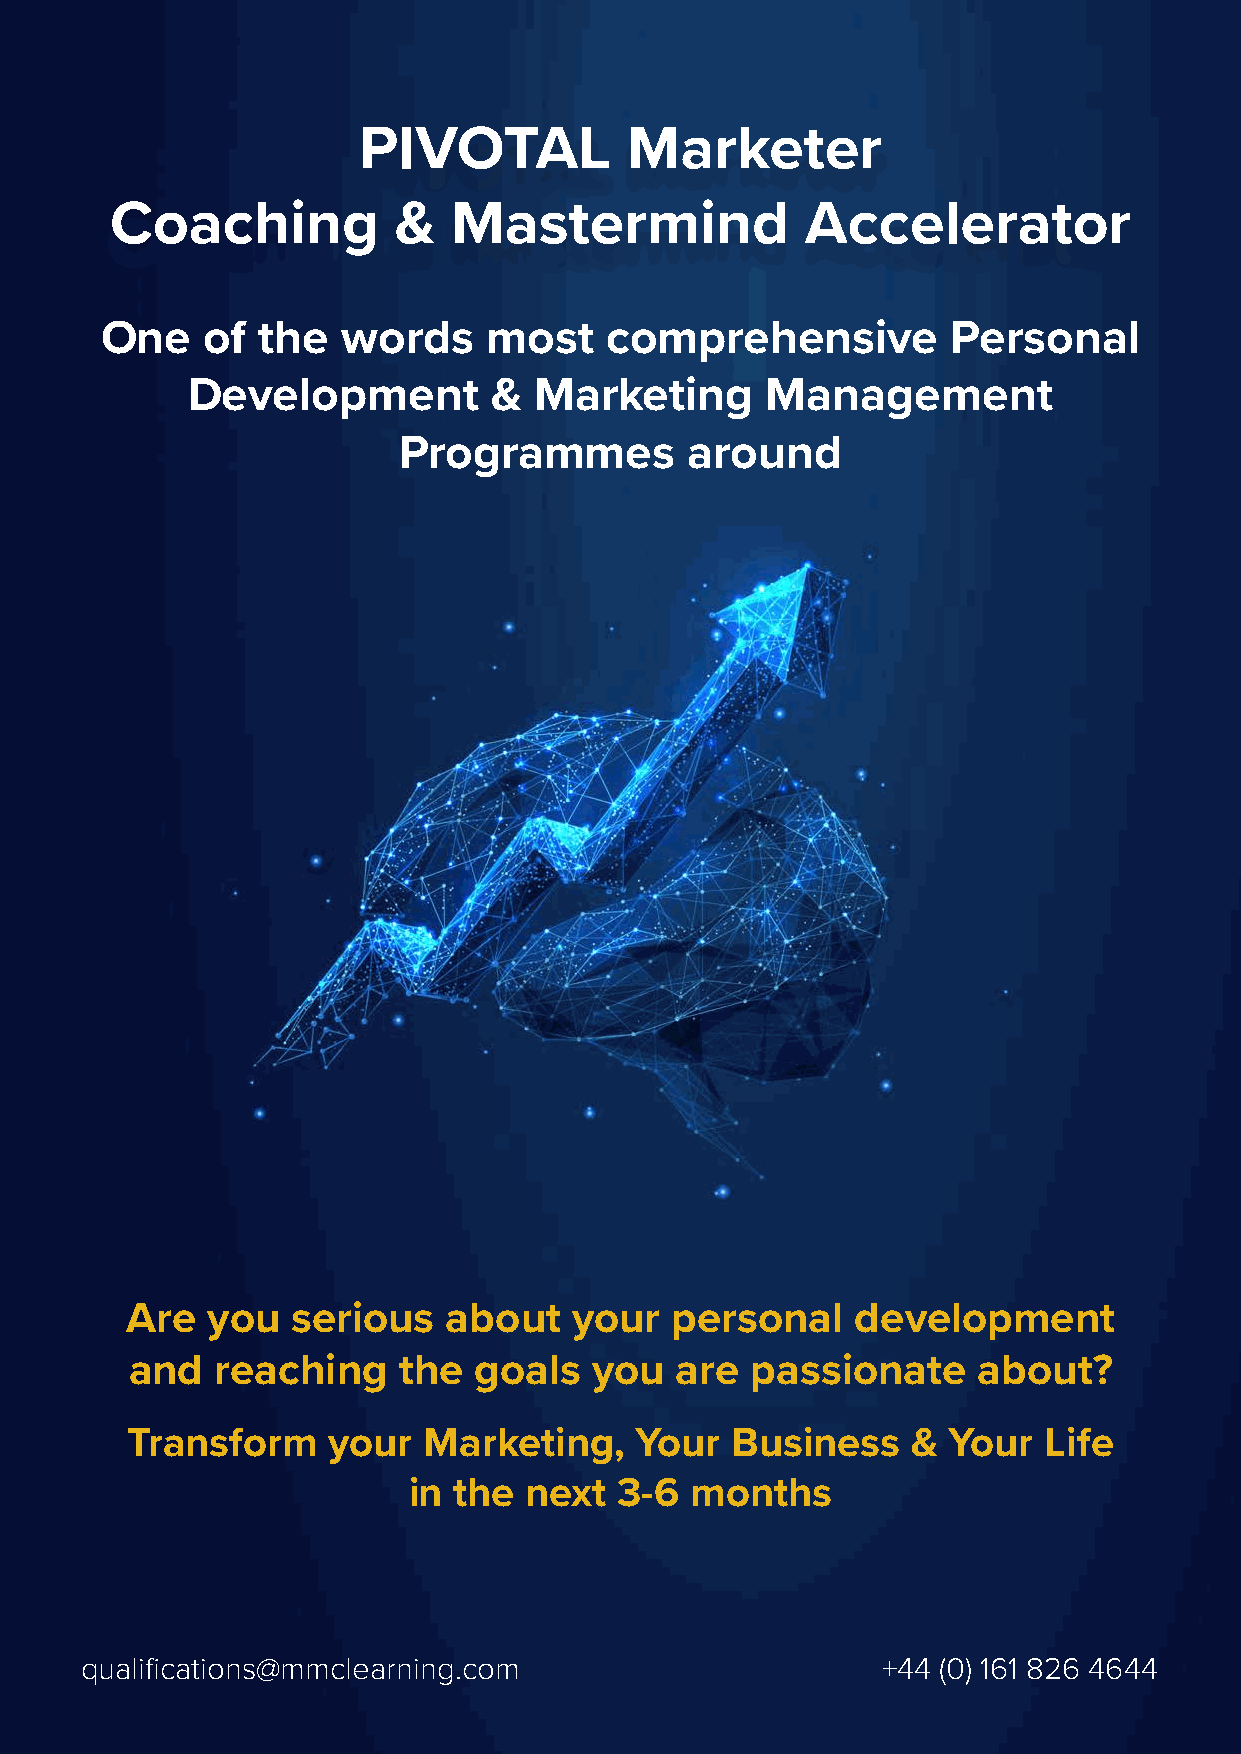
PIVOTAL          Marketer
 Coaching           &   Mastermind             Accelerator
 One   of  the   words    most    comprehensive          Personal
 Development          & Marketing       Management
 Programmes          around
 Are   you  serious    about   your  personal     development
 and  reaching    the  goals   you   are  passionate     about?
 Transform     your  Marketing,    Your  Business    &  Your  Life
 in the  next  3-6  months
 qualifications@mmclearning.com                       +44 (0) 161 826 4644